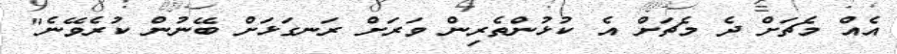
އެއް މެޗަށް ދެ މެޗަށް އެ ކުޅުންތެރިން ވަރަށް ރަނގަޅަށް ބޭނުން ކުރެވޭނެ"